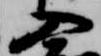
入